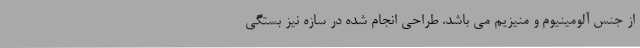
از جنس آلومینیوم و منیزیم می باشد. طراحی انجام شده در سازه نیز بستگی